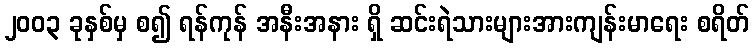
၂၀၀၃ ခုနှစ်မှ စ၍ ရန်ကုန် အနီးအနား ရှိ ဆင်းရဲသားများအားကျန်းမာရေး စရိတ်